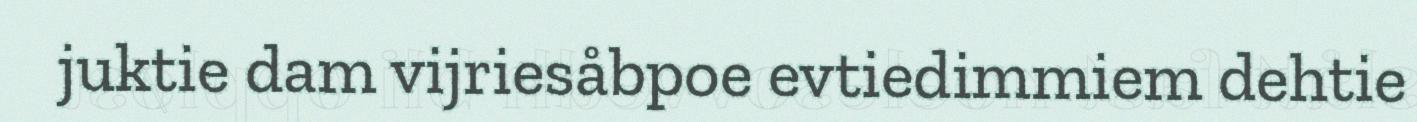
juktie dam vijriesåbpoe evtiedimmiem dehtie